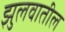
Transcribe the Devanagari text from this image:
झुलवातील